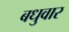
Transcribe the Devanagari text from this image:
बधुवार